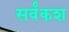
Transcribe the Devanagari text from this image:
सर्वंकश